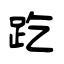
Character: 趷